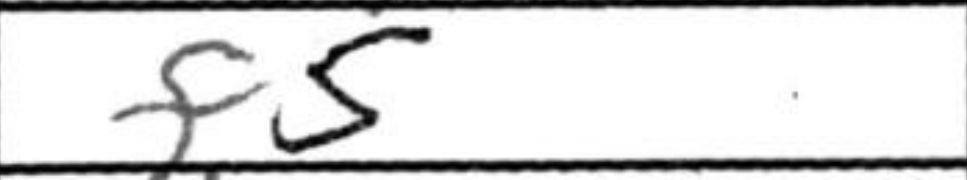
Transcription: f5